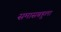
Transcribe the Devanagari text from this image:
समासबहुला